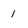
Character: 1